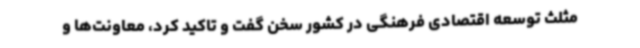
مثلث توسعه اقتصادی فرهنگی در کشور سخن گفت و تاکید کرد، معاونت‌ها و